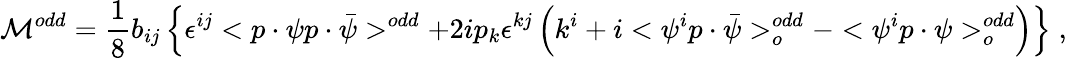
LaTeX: {\cal M}^{odd}=\frac 18b_{ij}\left\{ \epsilon^{ij}<p\cdot\psi p\cdot\bar{\psi}>^{odd}+2ip_{k}\epsilon^{kj}\left(k^{i}+i<\psi^{i}p\cdot\bar{\psi}>_{o}^{odd}-<\psi^{i}p\cdot\psi>_{o}^{odd}\right)\right\} \; ,